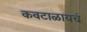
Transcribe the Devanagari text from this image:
कवटाळायचं